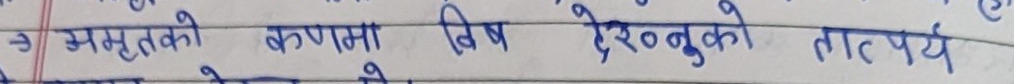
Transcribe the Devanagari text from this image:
अमृतको रूपमा विष ऐरेनुको तात्पर्य